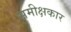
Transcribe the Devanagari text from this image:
समीक्षकार